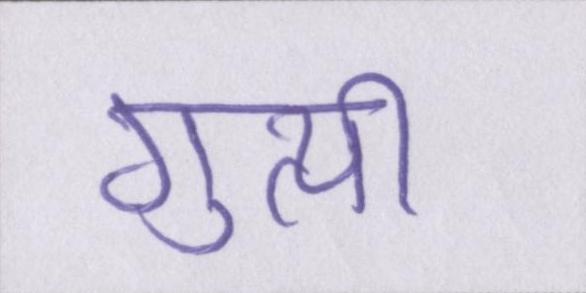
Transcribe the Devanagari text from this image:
गुत्थी